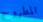
المطروح